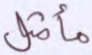
مأمثل